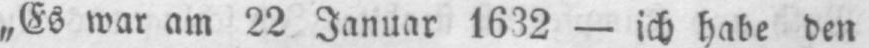
„Es war am 22 Januar 1632 - ich habe den